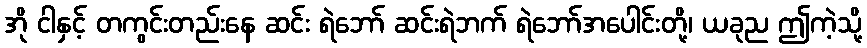
အို ငါနှင့် တကွင်းတည်းနေ ဆင်း ရဲဘော် ဆင်းရဲဘက် ရဲဘော်အပေါင်းတို့၊ ယခုည ဤကဲ့သို့